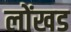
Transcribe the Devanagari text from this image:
लोंखड